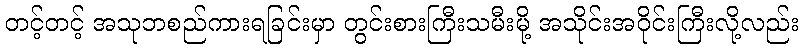
တင့်တင့် အသုဘစည်ကားရခြင်းမှာ တွင်းစားကြီးသမီးမို့ အသိုင်းအဝိုင်းကြီးလို့လည်း